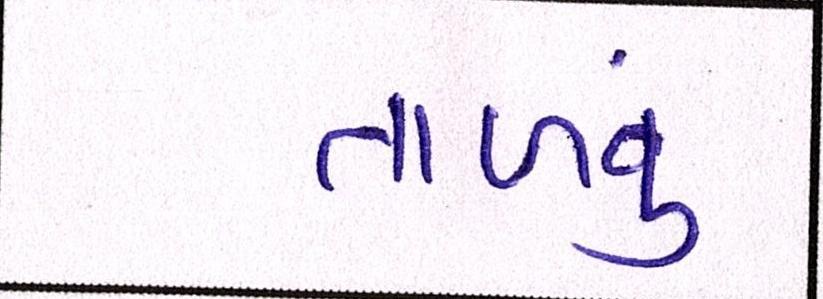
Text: તાળવું